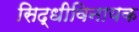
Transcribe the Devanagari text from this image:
सिद्धीविनायक